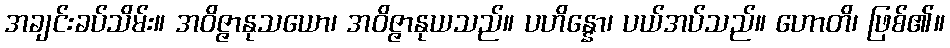
အချင်းခပ်သိမ်း။ အဝိဇ္ဇာနုသယော၊ အဝိဇ္ဇာနုယသည်။ ပဟိန္နော၊ ပယ်အပ်သည်။ ဟောတိ၊ ဖြစ်၏။